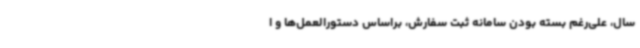
سال، علی‌رغم بسته بودن سامانه ثبت سفارش، براساس دستورالعمل‌ها و ا